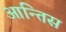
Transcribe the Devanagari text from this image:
आन्तिस